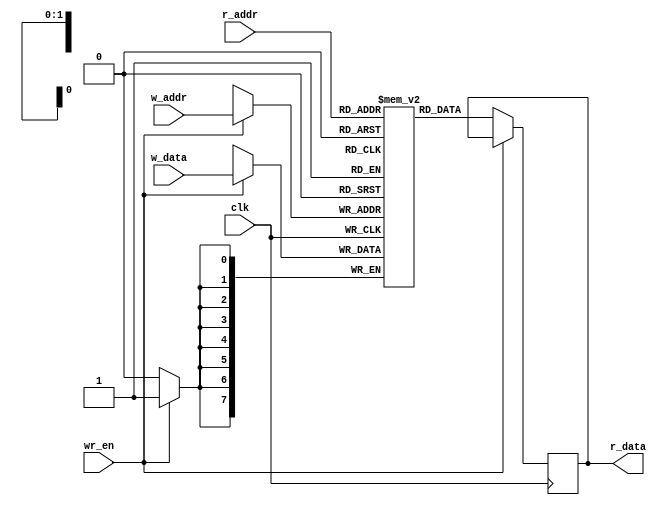
`timescale 1ns / 1ps
//////////////////////////////////////////////////////////////////////////////////
// Company: 
// Engineer: 
// 
// Design Name: 
// Module Name: register_file
// Project Name: 
// Target Devices: 
// Tool Versions: 
// Description: 
// 
// Dependencies: 
// 
// Revision:
// Revision 0.01 - File Created
// Additional Comments:
// 
//////////////////////////////////////////////////////////////////////////////////


module register_file #(parameter B = 8, W = 2)(clk, wr_en, w_addr, r_addr, w_data, r_data);
        input wire clk;
        input wire wr_en; 
        input wire [W-1:0] w_addr, r_addr;
        input wire [B-1:0] w_data; 
        output reg [B-1:0] r_data;
        
        
// memory 
reg [B-1:0] reg_array [2**W-1:0];

// write operation control
always@(posedge clk)
if(wr_en)
    reg_array[w_addr] <= w_data;
else    
// read operaion control
 r_data <= reg_array[r_addr];

        
                        

endmodule